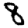
Digit: 8